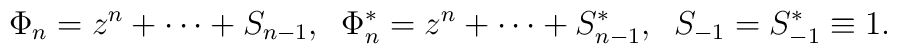
\Phi_{n}=z^{n}+\cdots+S_{n-1},\;\;\Phi_{n}^{*}=z^{n}+\cdots+S_{n-1}^{*},\;\;S_{-1}=S_{-1}^{*}\equiv 1.